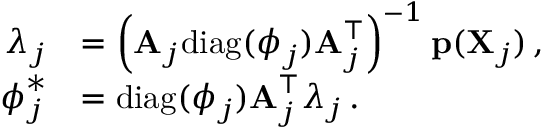
\begin{array} { r l } { \boldsymbol { \lambda } _ { j } } & { = \left( \mathbf { A } _ { j } \mathrm { d i a g } ( \boldsymbol { \phi } _ { j } ) \mathbf { A } _ { j } ^ { \intercal } \right) ^ { - 1 } \mathbf { p } ( \mathbf { X } _ { j } ) \, , } \\ { \boldsymbol { \phi } _ { j } ^ { \ast } } & { = \mathrm { d i a g } ( \boldsymbol { \phi } _ { j } ) \mathbf { A } _ { j } ^ { \intercal } \boldsymbol { \lambda } _ { j } \, . } \end{array}